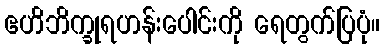
ဧဟိဘိက္ခုရဟန်းပေါင်းကို ရေတွက်ပြပုံ။